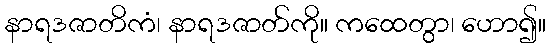
နာရဒဇာတိကံ၊ နာရဒဇာတ်ကို။ ကထေတွာ၊ ဟော၍။